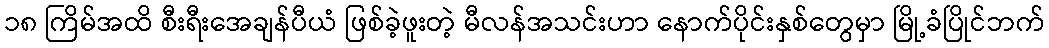
၁၈ ကြိမ်အထိ စီးရီးအေချန်ပီယံ ဖြစ်ခဲ့ဖူးတဲ့ မီလန်အသင်းဟာ နောက်ပိုင်းနှစ်တွေမှာ မြို့ခံပြိုင်ဘက်